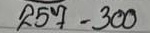
257 = 300